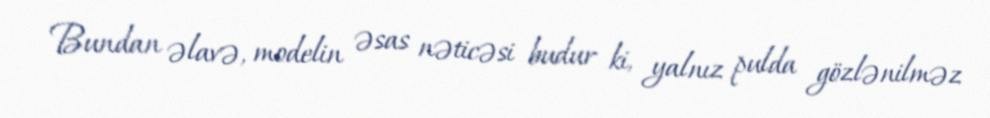
Bundan əlavə, modelin əsas nəticəsi budur ki, yalnız pulda gözlənilməz